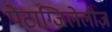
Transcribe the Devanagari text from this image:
पेंटाग्ज़िलेलीज़